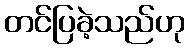
တင်ပြခဲ့သည်ဟု